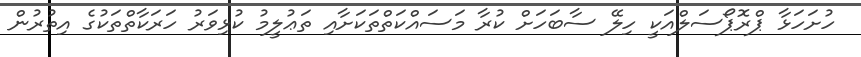
ހުށަހަޅާ ޕްރޮޕޯސަލްއަކީ ހިލޭ ސާބަހަށް ކުރާ މަސައްކަތްތަކަށާއި ތަޢުލީމު ކުޅިވަރު ހަރަކާތްތަކުގެ އިތުރުން